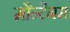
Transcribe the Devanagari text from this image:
मौन्टैनस